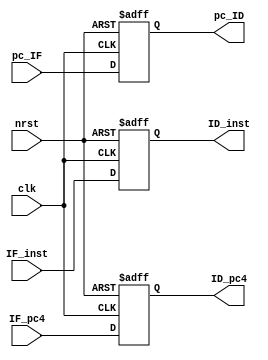
`timescale 1ns/1ps

module if_id(
	input clk,
	input nrst,
	input [31:0] IF_pc4,
	input [31:0] pc_IF,
	input [31:0] IF_inst,
	output reg [31:0] ID_pc4,
	output reg [31:0] pc_ID,
	output reg [31:0] ID_inst
);
	always@(posedge clk or negedge nrst) begin
		if(!nrst) begin
			ID_pc4 <= 0;
			pc_ID <= 0;
		end
		else begin
			ID_pc4 <= IF_pc4;
			pc_ID <= pc_IF;
		end
	end

	always@(negedge clk or negedge nrst)
		if(!nrst)
			ID_inst <= 0;
		else
			ID_inst <= IF_inst;
endmodule